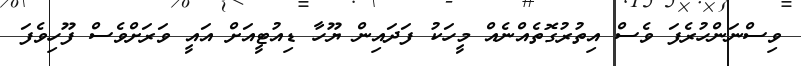
ވިސްނަންހުރެފަ ވެސް އިތުރުގޮތެއްނެއް މީހަކު ފަދައިން ޔޫހާ ޑިއުޓީއަށް އައީ ވަރަށްވެސް ފޫހިވެފަ